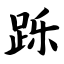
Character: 跞